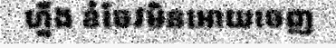
ហ្នឹង ខំចែវមិនអោយចេញ